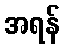
အရန်